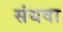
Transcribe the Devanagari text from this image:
संधवा